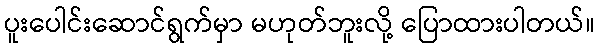
ပူးပေါင်းဆောင်ရွက်မှာ မဟုတ်ဘူးလို့ ပြောထားပါတယ်။